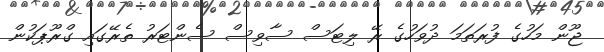
ޖޫން މަހުގެ ފުރަތަމަ ދުވަހުގެ ރޭ ލިޓަސް ސާވިސް ސެންޓަރު ތެރޭގައި ގްރޫޕަކުން